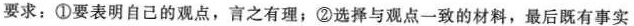
要求：①要表明自己的观点，言之有理；②选择与观点一致的材料，最后既有事实